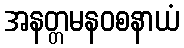
အနတ္တမနဝစနာယံ